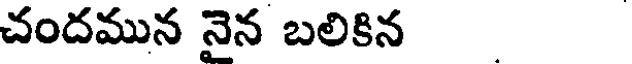
చందమున నైన బలికిన